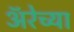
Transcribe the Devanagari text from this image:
ॲरेच्या